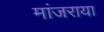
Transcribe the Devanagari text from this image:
मांजराया